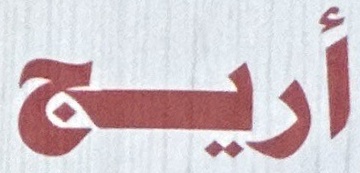
أریج